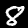
Digit: 8